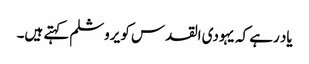
یاد رہے کہ یہودی القدس کو یروشلم کہتے ہیں۔